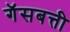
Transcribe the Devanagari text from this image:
गॅसबत्ती